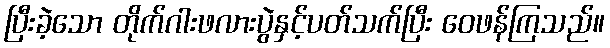
ပြီးခဲ့သော တိုက်ဂါးဖလားပွဲနှင့်ပတ်သက်ပြီး ဝေဖန်ကြသည်။